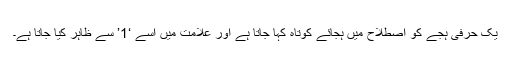
یک حرفی ہجّے کو اصطلاح میں ہجّائے کوتاہ کہا جاتا ہے اور علامت میں اسے ‘1’ سے ظاہر کیا جاتا ہے۔